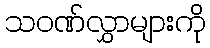
သဝဏ်လွှာများကို